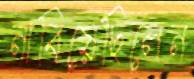
নাবিয়েছিলেন